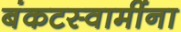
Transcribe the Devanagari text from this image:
बंकटस्वामींना